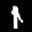
Label: 1